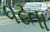
વઢતા